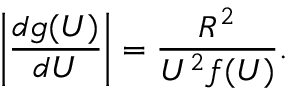
\left\vert \frac { d g ( U ) } { d U } \right\vert = \frac { R ^ { 2 } } { U ^ { 2 } f ( U ) } .